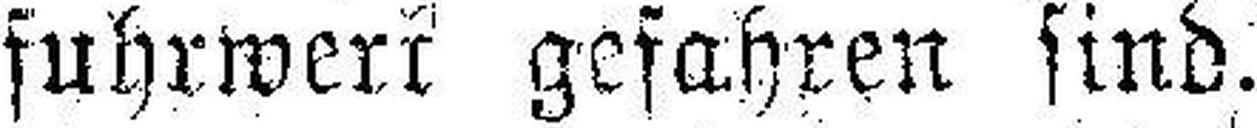
fuhrwerr gefahren sind.